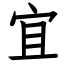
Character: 宜